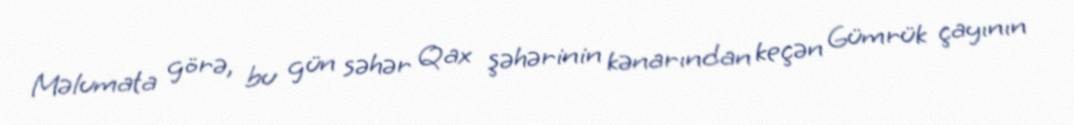
Məlumata görə, bu gün səhər Qax şəhərinin kənarından keçən Gümrük çayının